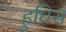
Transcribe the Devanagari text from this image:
हुघिस